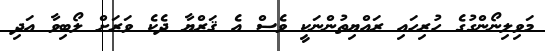
މަވިލިނޯންގުގެ ހުރިހައި ރައްޔިތުންނަކީ ވެސް އެ ޤަރްޔާ ދެކެ ވަރަށް ލޯބިވާ އަދި